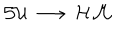
LaTeX: { \cal S U } \, \longrightarrow \, { \cal H M }